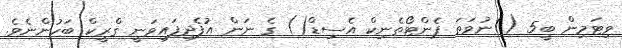
ވިޓަމިން ބީ5 ()ނުވަތަ ޕެންޓޯތެނިކް އެސިޑް() ގެ ނަން އުފެދިފައިވަނީ ގްރީކް ބަހުންނެވެ.